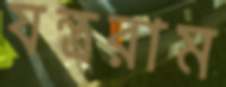
যন্ত্ররাম